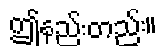
ဤနည်းတည်း။